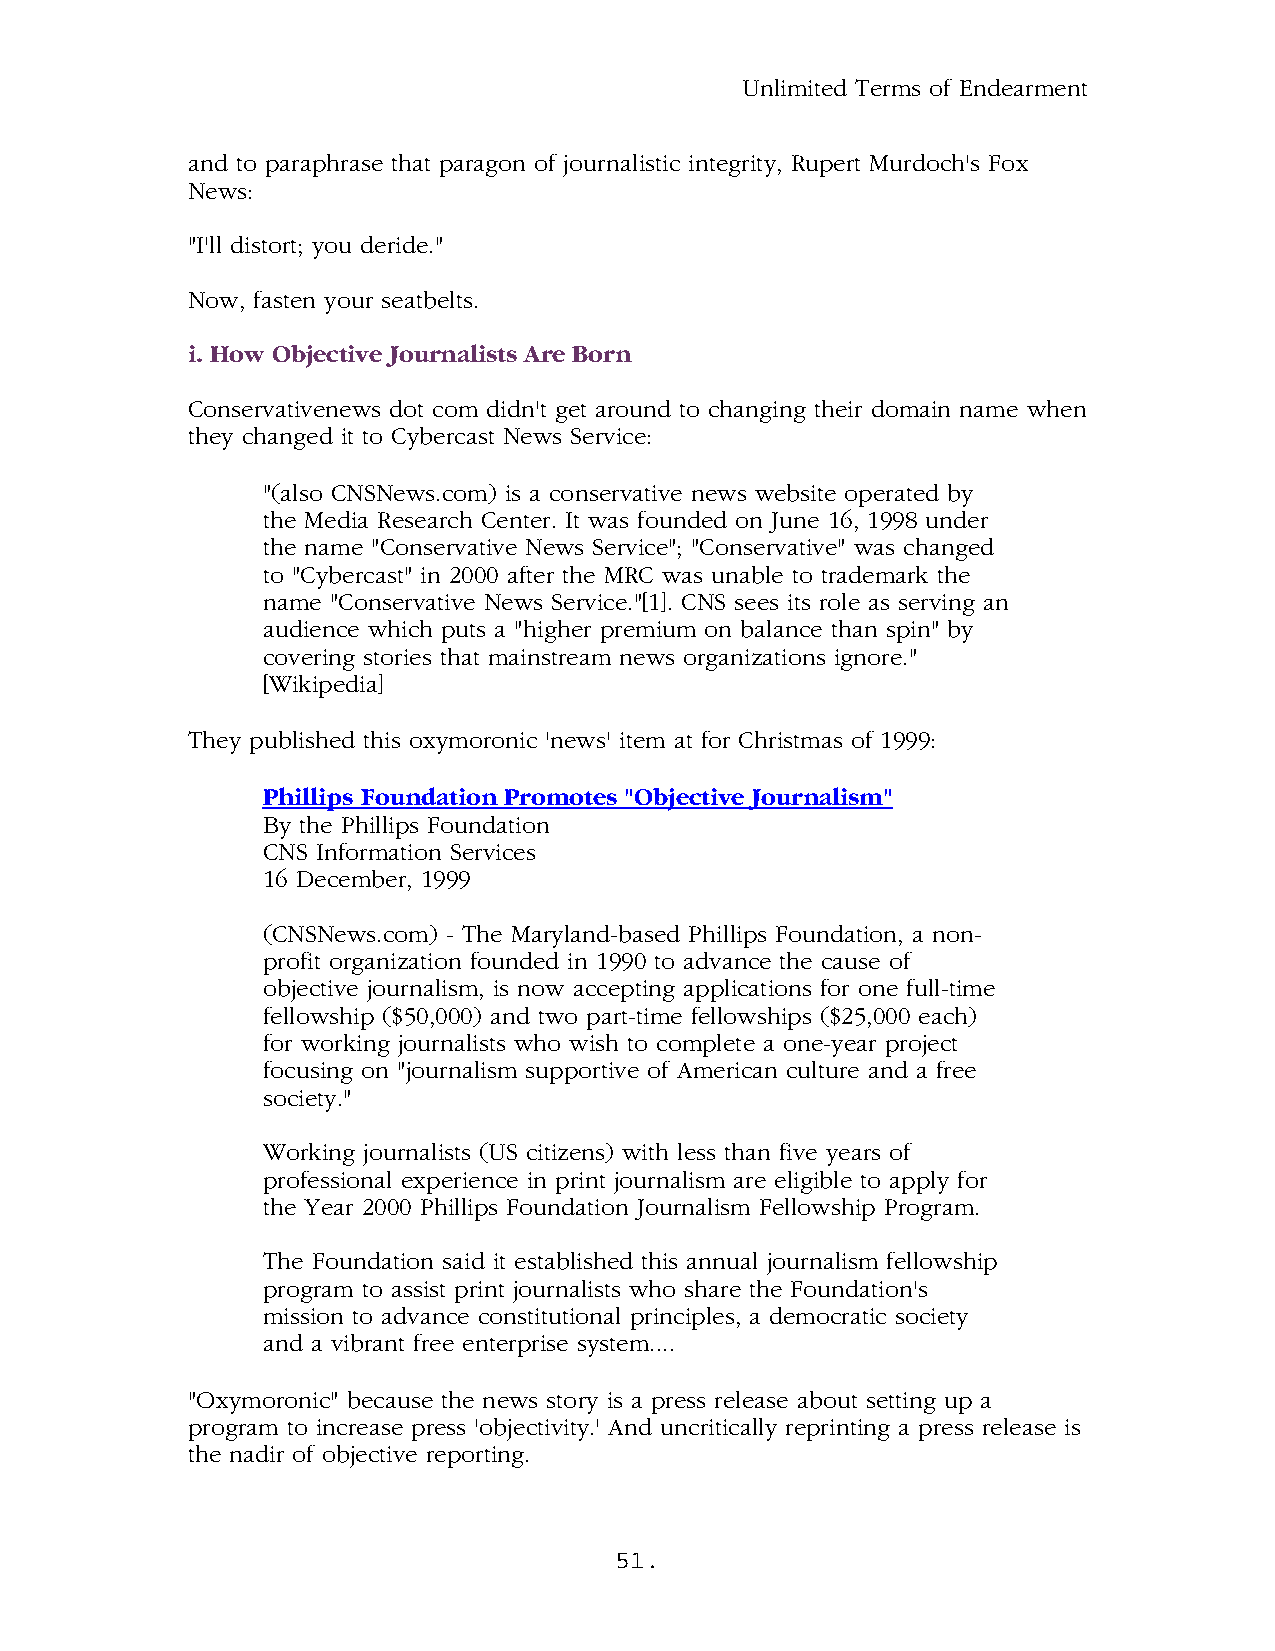
Unlimited Terms of Endearment
 and to paraphrase that paragon of journalistic integrity, Rupert Murdoch's Fox
 News:
 "I'll distort; you deride."
 Now, fasten your seatbelts.
 i. How Objective Journalists Are Born
 Conservativenews dot com didn't get around to changing their domain name when
 they changed it to Cybercast News Service:
 "(also CNSNews.com) is a conservative news website operated by
 the Media Research Center. It was founded on June 16, 1998 under
 the name "Conservative News Service"; "Conservative" was changed
 to "Cybercast" in 2000 after the MRC was unable to trademark the
 name "Conservative News Service."[1]. CNS sees its role as serving an
 audience which puts a "higher premium on balance than spin" by
 covering stories that mainstream news organizations ignore."
 [Wikipedia]
 They published this oxymoronic 'news' item at for Christmas of 1999:
 Phillips Foundation Promotes "Objective Journalism"
 By the Phillips Foundation
 CNS Information Services
 16 December, 1999
 (CNSNews.com) - The Maryland-based Phillips Foundation, a non-
 profit organization founded in 1990 to advance the cause of
 objective journalism, is now accepting applications for one full-time
 fellowship ($50,000) and two part-time fellowships ($25,000 each)
 for working journalists who wish to complete a one-year project
 focusing on "journalism supportive of American culture and a free
 society."
 Working journalists (US citizens) with less than five years of
 professional experience in print journalism are eligible to apply for
 the Year 2000 Phillips Foundation Journalism Fellowship Program.
 The Foundation said it established this annual journalism fellowship
 program to assist print journalists who share the Foundation's
 mission to advance constitutional principles, a democratic society
 and a vibrant free enterprise system....
 "Oxymoronic" because the news story is a press release about setting up a
 program to increase press 'objectivity.' And uncritically reprinting a press release is
 the nadir of objective reporting.
 51.